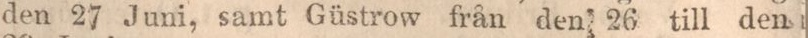
den 27 Juni, samt Güstrow från den 26 till den